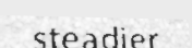
steadier